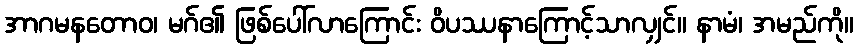
အာဂမနတောဝ၊ မဂ်၏ ဖြစ်ပေါ်လာကြောင်း ဝိပဿနာကြောင့်သာလျှင်။ နာမံ၊ အမည်ကို။